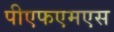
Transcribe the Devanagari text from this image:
पीएफएमएस